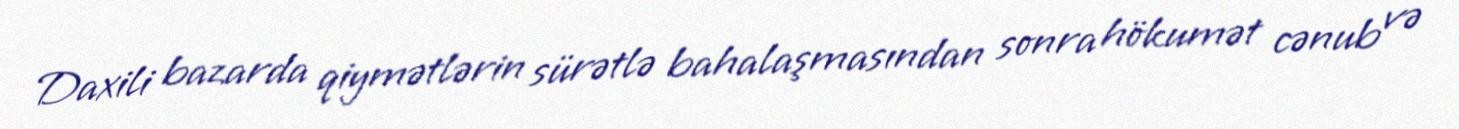
Daxili bazarda qiymətlərin sürətlə bahalaşmasından sonra hökumət cənub və